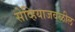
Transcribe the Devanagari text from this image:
सेव्हियाजवळील